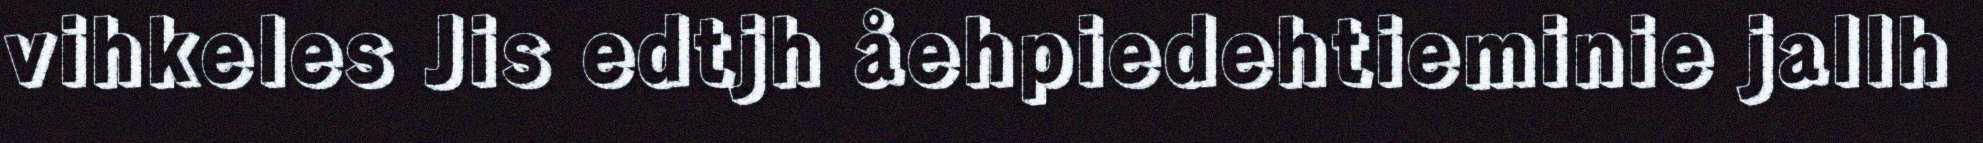
vihkeles Jis edtjh åehpiedehtieminie jallh